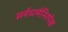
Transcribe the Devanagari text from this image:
सर्वधर्मनिरपेक्ष